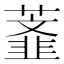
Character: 𰲅